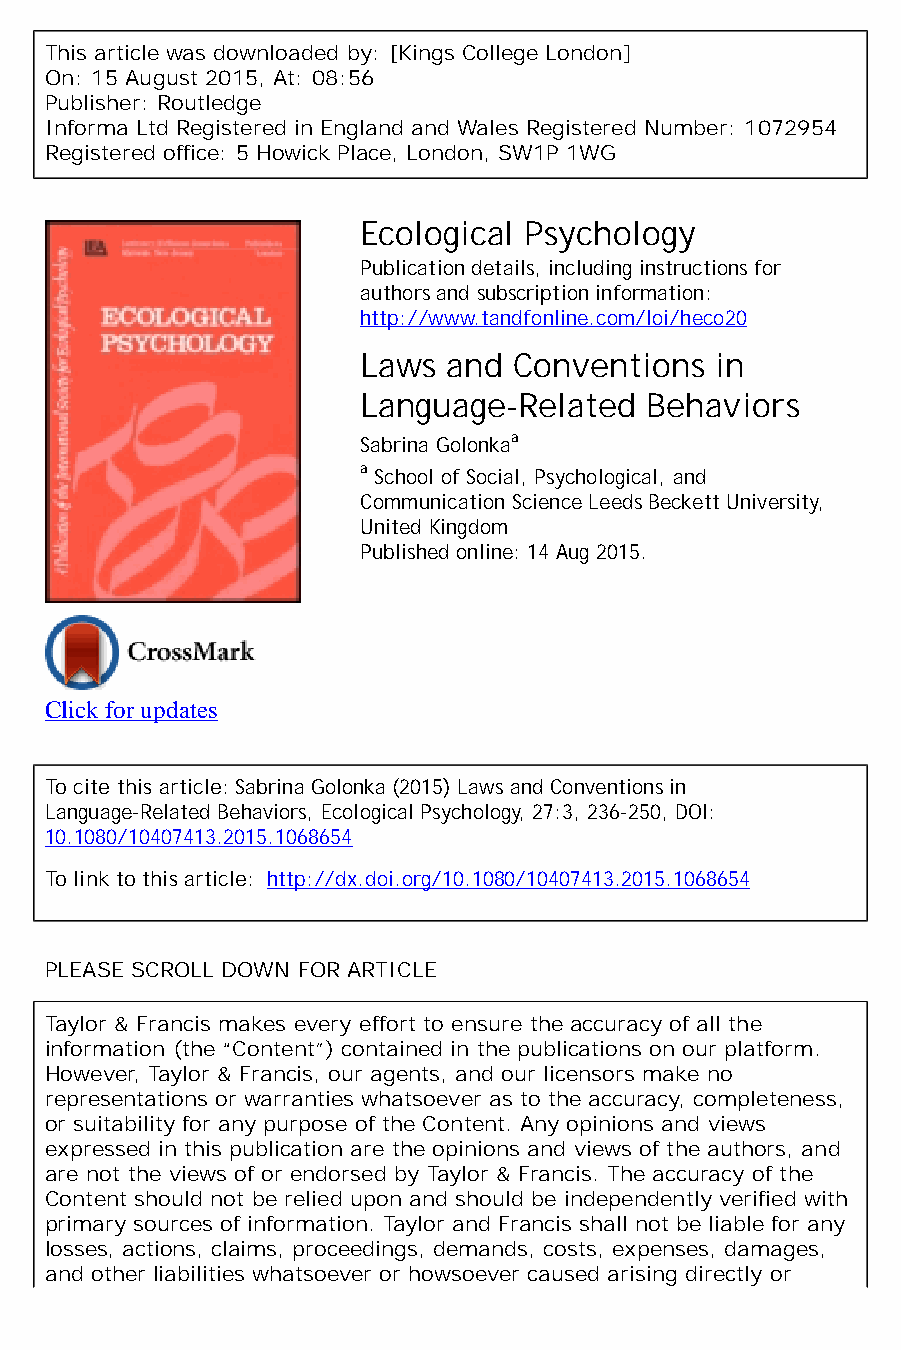
This article was downloaded by: [Kings College London]
 On: 15 August 2015, At: 08:56
 Publisher: Routledge
 Informa Ltd Registered in England and Wales Registered Number: 1072954
 Registered office: 5 Howick Place, London, SW1P 1WG
 Ecological Psychology
 Publication details, including instructions for
 authors and subscription information:
 http://www.tandfonline.com/loi/heco20
 Laws  and Conventions  in
 Language-Related   Behaviors
 Sabrina Golonkaa
 a School of Social, Psychological, and
 Communication Science Leeds Beckett University,
 United Kingdom
 Published online: 14 Aug 2015.
 Click for updates
 To cite this article: Sabrina Golonka (2015) Laws and Conventions in
 Language-Related Behaviors, Ecological Psychology, 27:3, 236-250, DOI:
 10.1080/10407413.2015.1068654
 To link to this article: http://dx.doi.org/10.1080/10407413.2015.1068654
 PLEASE SCROLL DOWN FOR ARTICLE
 Taylor & Francis makes every effort to ensure the accuracy of all the
 information (the “Content”) contained in the publications on our platform.
 However, Taylor & Francis, our agents, and our licensors make no
 representations or warranties whatsoever as to the accuracy, completeness,
 or suitability for any purpose of the Content. Any opinions and views
 expressed in this publication are the opinions and views of the authors, and
 are not the views of or endorsed by Taylor & Francis. The accuracy of the
 Content should not be relied upon and should be independently verified with
 primary sources of information. Taylor and Francis shall not be liable for any
 losses, actions, claims, proceedings, demands, costs, expenses, damages,
 and other liabilities whatsoever or howsoever caused arising directly or